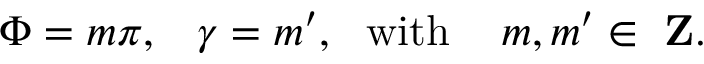
\Phi = m \pi , \, \, \, \, \, \gamma = m ^ { \prime } , \, \, \, \, \mathrm { w i t h } \, \, \, \, \, \, \, m , m ^ { \prime } \in \mathrm { { \bf ~ Z } } .